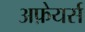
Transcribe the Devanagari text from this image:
अफ़ेयर्स